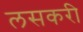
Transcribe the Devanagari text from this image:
लसकरी